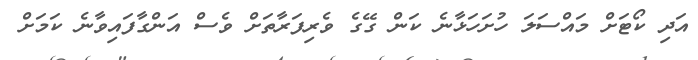
އަދި ކޯޓަށް މައްސަލަ ހުށަހަޅާނެ ކަން ގޭގެ ވެރިފަރާތަށް ވެސް އަންގާފައިވާނެ ކަމަށް